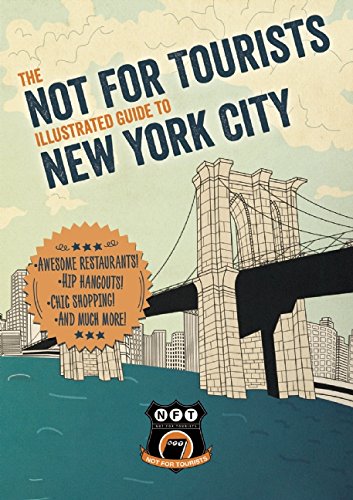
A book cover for Not For Tourists Illustrated Guide to New York City; Not For Tourists; Travel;